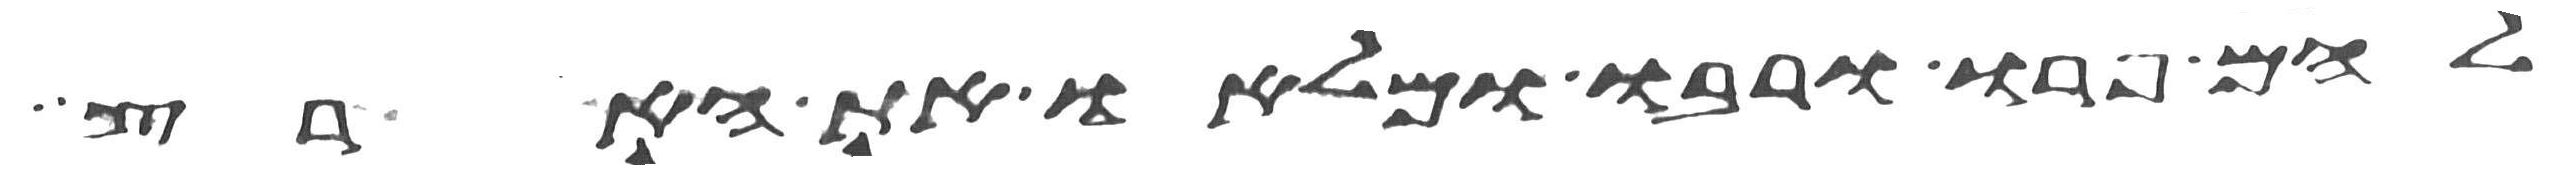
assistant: להם פרו ורבו ומלאו את הארץ